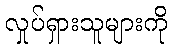
လှုပ်ရှားသူများကို